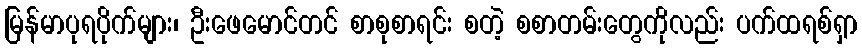
မြန်မာပုရပိုက်များ၊ ဦးဖေမောင်တင် စာစုစာရင်း စတဲ့ စစာတမ်းတွေကိုလည်း ပက်ထရစ်ရှာ